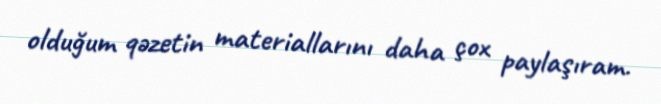
olduğum qəzetin materiallarını daha çox paylaşıram.